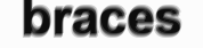
braces